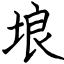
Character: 埌